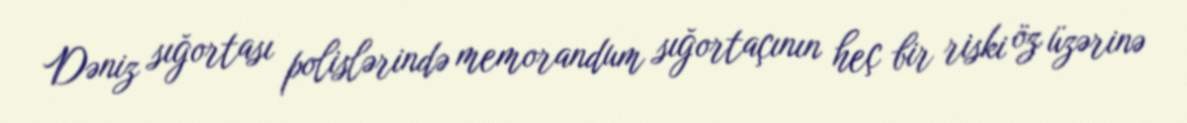
Dəniz sığortası polislərində memorandum sığortaçının heç bir riski öz üzərinə